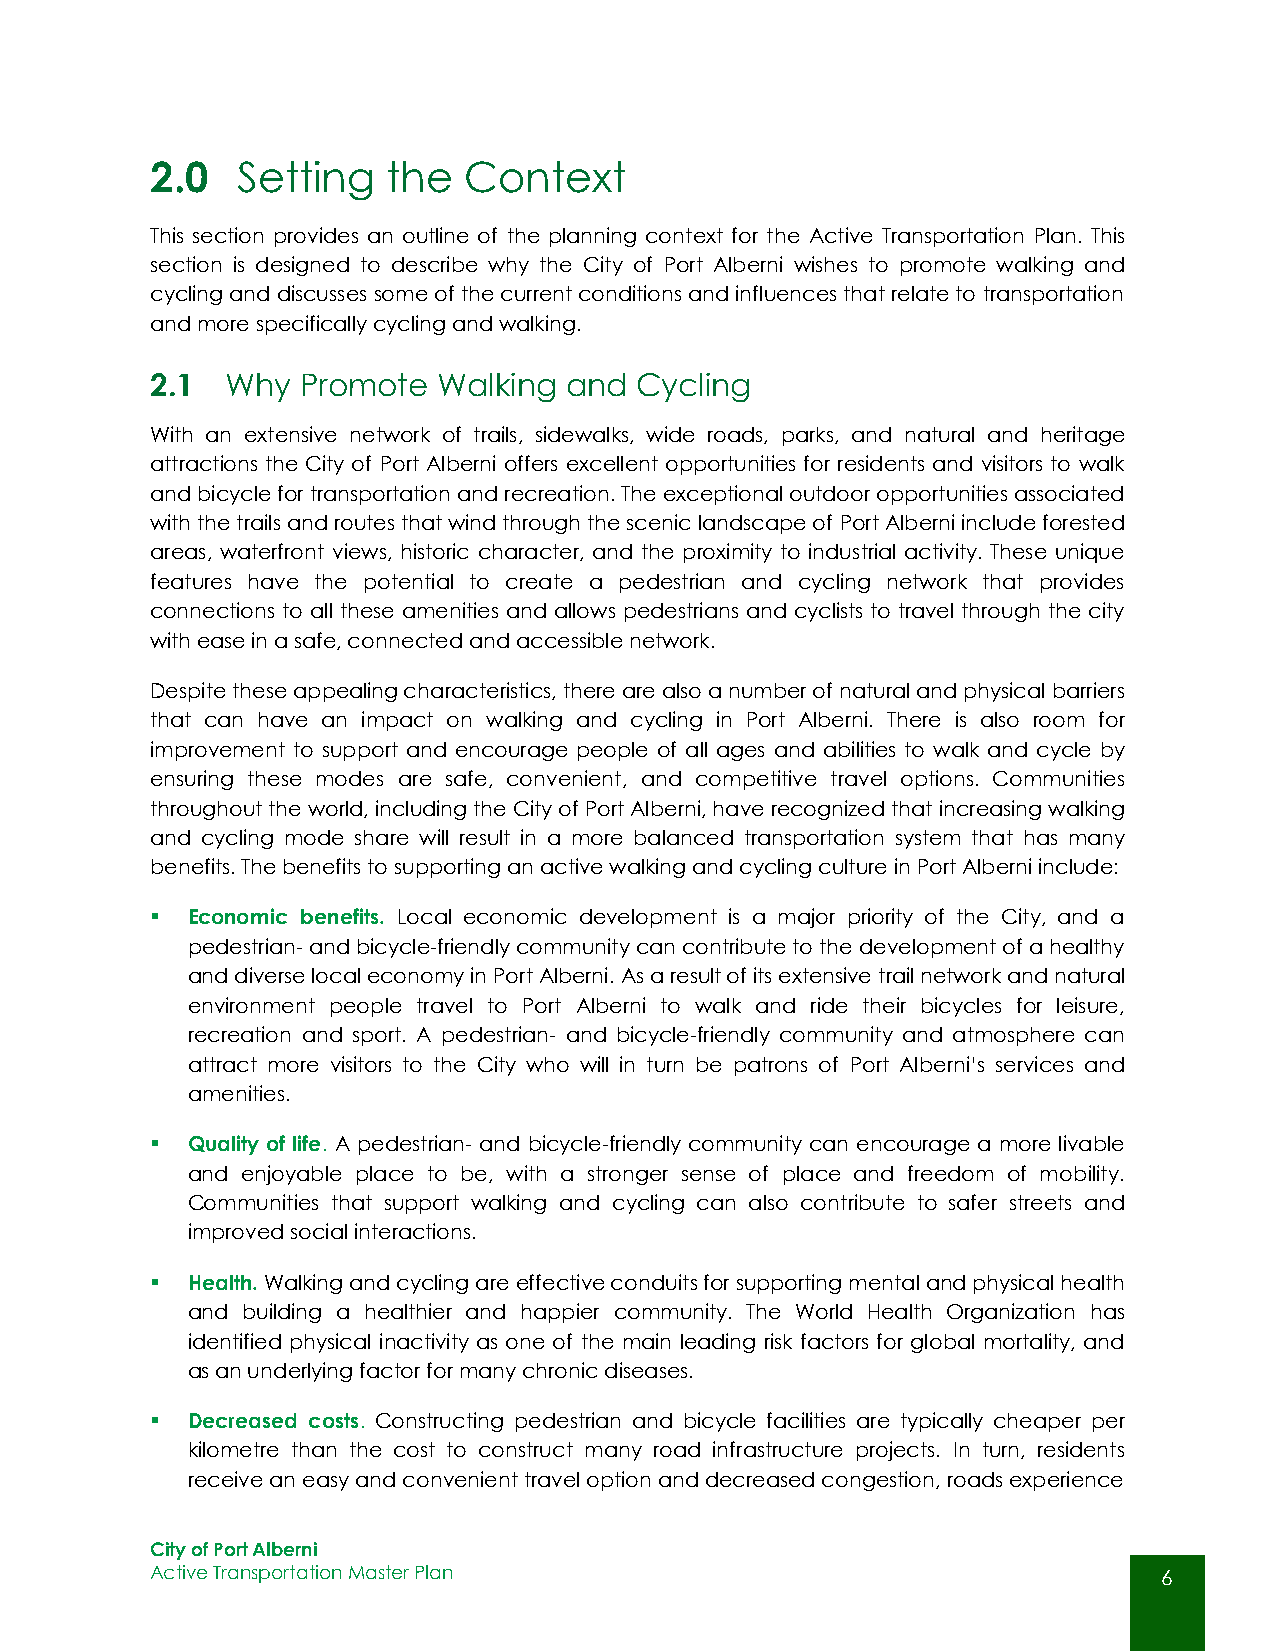
2.0   Setting   the  Context
 This section provides an outline of the planning context for the Active Transportation Plan. This
 section is designed to describe why the City of Port Alberni wishes to promote walking and
 cycling and discusses some of the current conditions and influences that relate to transportation
 and more specifically cycling and walking.
 2.1  Why  Promote  Walking and  Cycling
 With an extensive network of trails, sidewalks, wide roads, parks, and natural and heritage
 attractions the City of Port Alberni offers excellent opportunities for residents and visitors to walk
 and bicycle for transportation and recreation. The exceptional outdoor opportunities associated
 with the trails and routes that wind through the scenic landscape of Port Alberni include forested
 areas, waterfront views, historic character, and the proximity to industrial activity. These unique
 features have the potential to create a pedestrian and cycling network that provides
 connections to all these amenities and allows pedestrians and cyclists to travel through the city
 with ease in a safe, connected and accessible network.
 Despite these appealing characteristics, there are also a number of natural and physical barriers
 that can have an impact on walking and cycling in Port Alberni. There is also room for
 improvement to support and encourage people of all ages and abilities to walk and cycle by
 ensuring these modes are safe, convenient, and competitive travel options. Communities
 throughout the world, including the City of Port Alberni, have recognized that increasing walking
 and cycling mode share will result in a more balanced transportation system that has many
 benefits. The benefits to supporting an active walking and cycling culture in Port Alberni include:
  Economic benefits. Local economic development is a major priority of the City, and a
 pedestrian- and bicycle-friendly community can contribute to the development of a healthy
 and diverse local economy in Port Alberni. As a result of its extensive trail network and natural
 environment people travel to Port Alberni to walk and ride their bicycles for leisure,
 recreation and sport. A pedestrian- and bicycle-friendly community and atmosphere can
 attract more visitors to the City who will in turn be patrons of Port Alberni’s services and
 amenities.
  Quality of life. A pedestrian- and bicycle-friendly community can encourage a more livable
 and enjoyable place to be, with a stronger sense of place and freedom of mobility.
 Communities that support walking and cycling can also contribute to safer streets and
 improved social interactions.
  Health. Walking and cycling are effective conduits for supporting mental and physical health
 and building a healthier and happier community. The World Health Organization has
 identified physical inactivity as one of the main leading risk factors for global mortality, and
 as an underlying factor for many chronic diseases.
  Decreased costs. Constructing pedestrian and bicycle facilities are typically cheaper per
 kilometre than the cost to construct many road infrastructure projects. In turn, residents
 receive an easy and convenient travel option and decreased congestion, roads experience
 City of Port Alberni
 Active Transportation Master Plan                                  6
 6